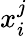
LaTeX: x_{i}^{j}